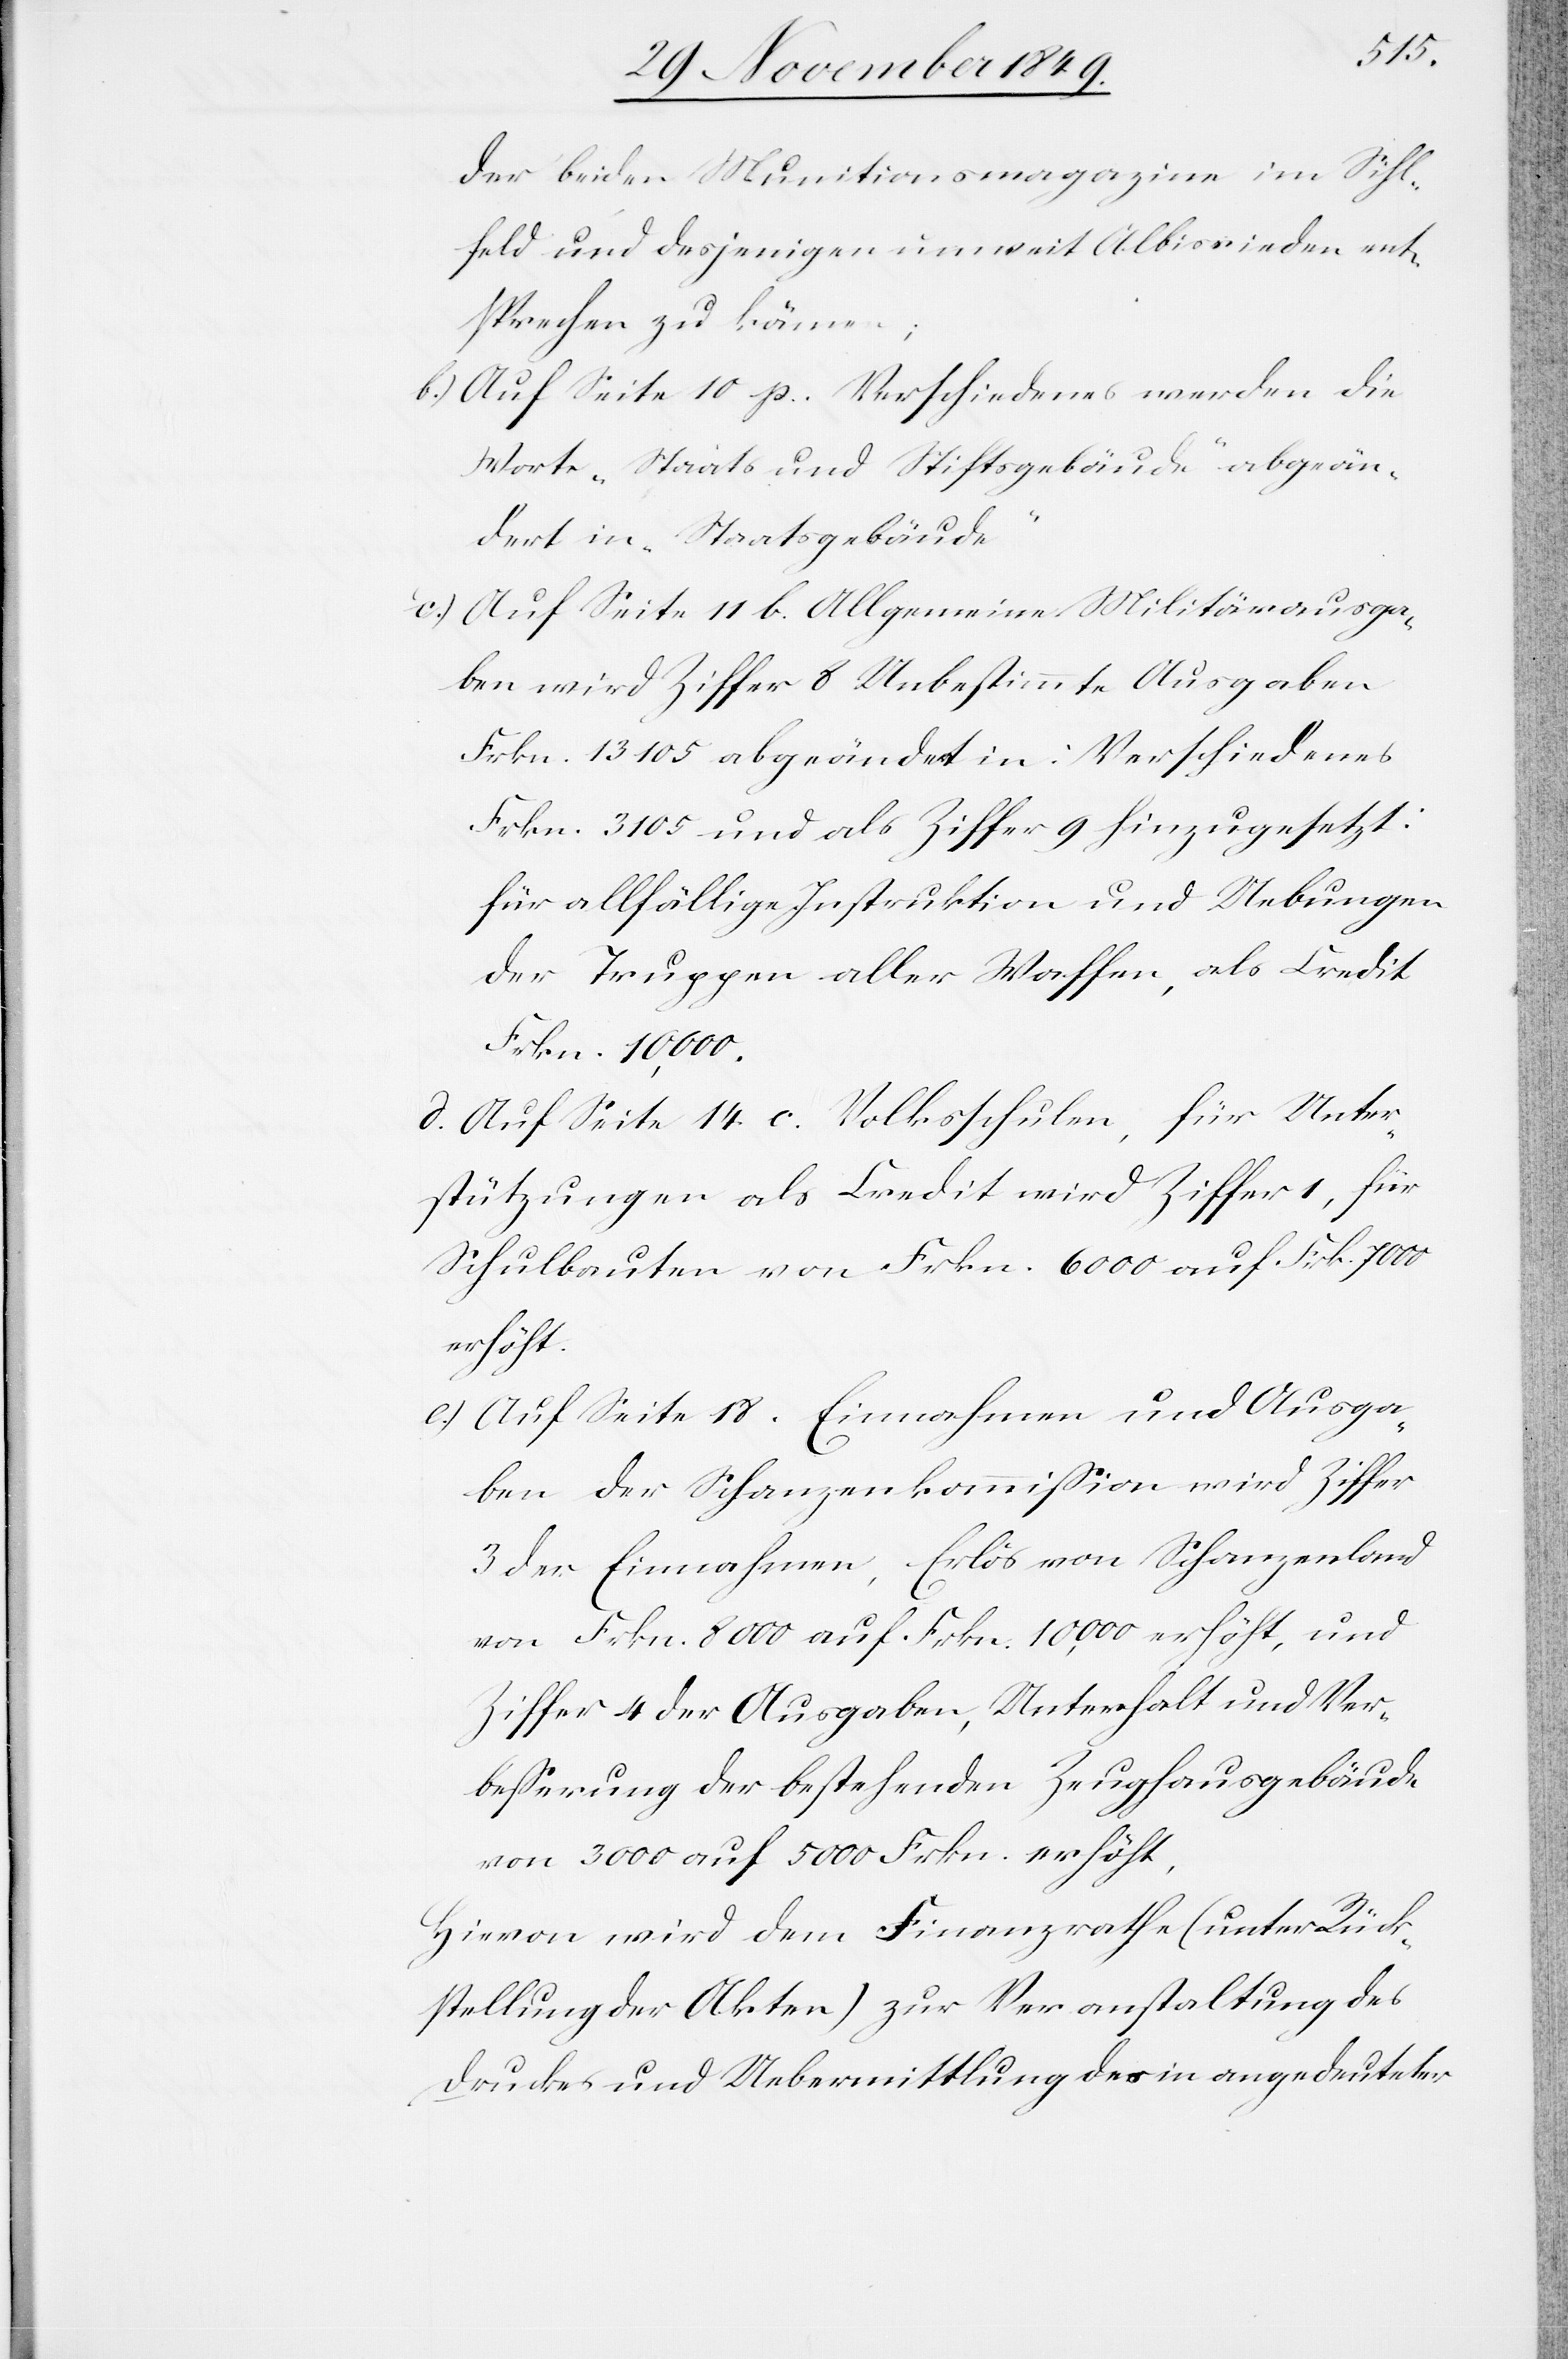
der beiden Munitionsmagazine im Sihl¬
feld und desjenigen unweit Albisrieden ent¬
sprechen zu können;
b.) Auf Seite 10 p. Verschiedenes werden die
Worte „Staats und Stiftsgebäude“ abgeän¬
dert in „Staatsgebäude“
c.) auf Seite 11 b. Allgemeine Militärausga¬
ben wird Ziffer 8 Unbestimmte Ausgaben
Frkn. 13 105 abgeändert in: Verschiedenes
Frkn. 3105 und als Ziffer 9 hinzugesetzt:
für allfällige Instruktion und Uebungen
der Truppen aller Waffen, als Credit
Frkn. 10,000.
d. Auf Seite 14 c. Volksschulen, für Unter¬
stützungen als Credit wird Ziffer 1, für
Schulbauten von Frkn. 6000 auf Frk. 7000
erhöht.
e.) Auf Seite 18. Einnahmen und Ausga¬
ben der Schanzenkommißion wird Ziffer
3 der Einnahmen, Erlös von Schanzenland
von Frkn. 8000 auf Frkn. 10,000 erhöht, und
Ziffer 4 der Ausgaben, Unterhalt und Ver¬
beßerung der bestehenden Zeughausgebäude
von 3000 auf 5000 Frkn. erhöht,
Hievon wird dem Finanzrathe (unter Rück¬
stellung der Akten) zur Veranstaltung des
Druckes und Uebermittlung des in angedeuteter